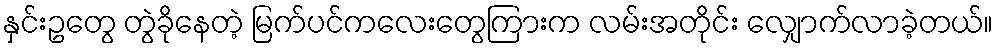
နှင်းဥတွေ တွဲခိုနေတဲ့ မြက်ပင်ကလေးတွေကြားက လမ်းအတိုင်း လျှောက်လာခဲ့တယ်။